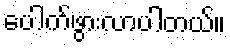
ပေါက်ဖွားလာပါတယ်။